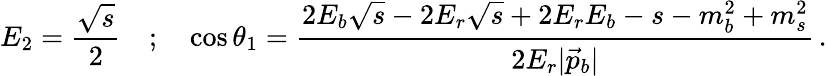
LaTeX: E_{2}=\frac{\sqrt{s}}{2}\quad;\quad\cos\theta_{1}=\frac{2E_{b}\sqrt{s}-2E_{r}\sqrt{s}+2E_{r}E_{b}-s-m_{b}^{2}+m_{s}^{2}}{2E_{r}|\vec{p}_{b}|}\, .